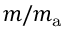
m / m _ { \mathrm { a } }